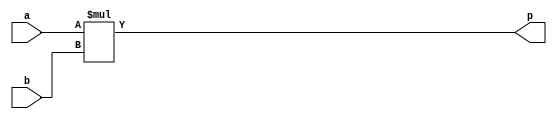
`define EXPONENT 5
`define MANTISSA 10
`define ACTUAL_MANTISSA 11
`define EXPONENT_LSB 10
`define EXPONENT_MSB 14
`define MANTISSA_LSB 0
`define MANTISSA_MSB 9
`define MANTISSA_MUL_SPLIT_LSB 3
`define MANTISSA_MUL_SPLIT_MSB 9
`define SIGN 1
`define SIGN_LOC 15
`define DWIDTH (`SIGN+`EXPONENT+`MANTISSA)
`define IEEE_COMPLIANCE 1

module td_fused_top_mul_10s_9ns_16_1_1_Multiplier_0(a, b, p);
input[10 - 1 : 0] a; 
input[9 - 1 : 0] b; 
output[16 - 1 : 0] p;

assign p = (a) * ({1'b0, b});
endmodule